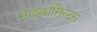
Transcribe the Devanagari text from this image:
माइक्रोसिस्टस